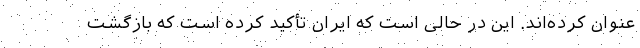
عنوان کرده‌اند. این در حالی است که ایران تأکید کرده است که بازگشت